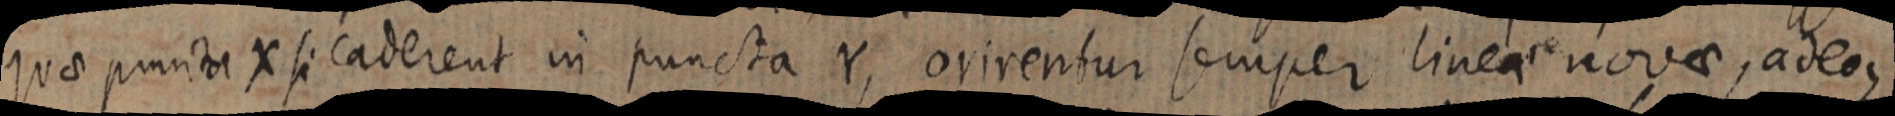
quae puncta X si caderent in puncta Y, orirentur semper lineare novae, adeoque